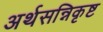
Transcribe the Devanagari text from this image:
अर्थसन्निकृष्ट